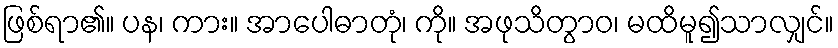
ဖြစ်ရာ၏။ ပန၊ ကား။ အာပေါဓာတုံ၊ ကို။ အဖုသိတွာဝ၊ မထိမူ၍သာလျှင်။